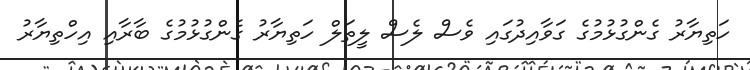
ހަތިޔާރު ގެންގުޅުމުގެ ގަވާއިދުގައި ވެސް ލެސް ލީތަލް ހަތިޔާރު ގެންގުޅުމުގެ ބާރާއި އިހްތިޔާރު